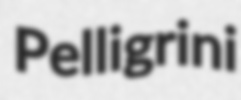
Pelligrini